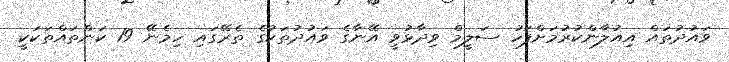
ވައުދުތައް އިއުލާންކުރުމަށްފަހު ސަލީމް ވިދާޅުވީ އޭނާގެ ވައުދުތަކުގެ ތެރޭގައި ހިމެނޭ 19 ކަންތައްތަކަކީ